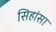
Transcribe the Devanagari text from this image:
सिहांसा